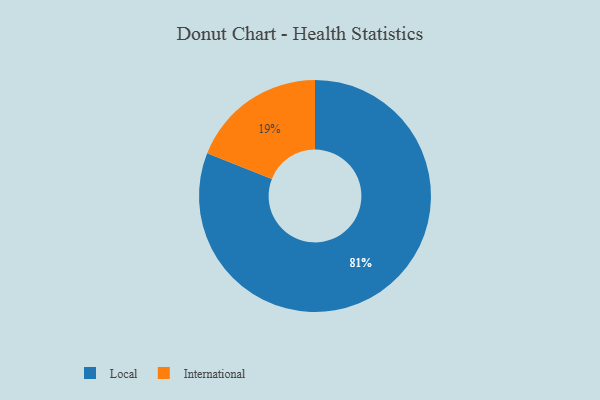
{"axis": {"x": "Category", "y": "Percentage"}, "legend": ["International", "Local"], "data": [{"x": "Local", "y": 81, "type": "Local"}, {"x": "International", "y": 19, "type": "International"}]}